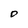
Character: D